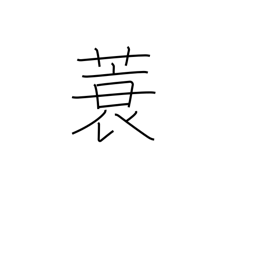
Meaning: straw raincoat